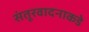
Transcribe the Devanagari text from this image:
संतूरवादनाकडे